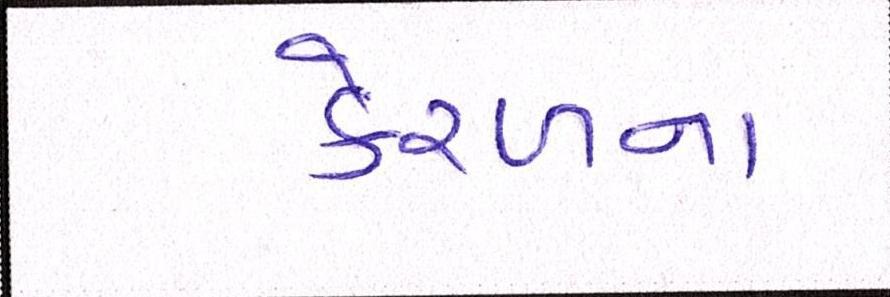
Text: કેરળના